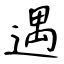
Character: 遇